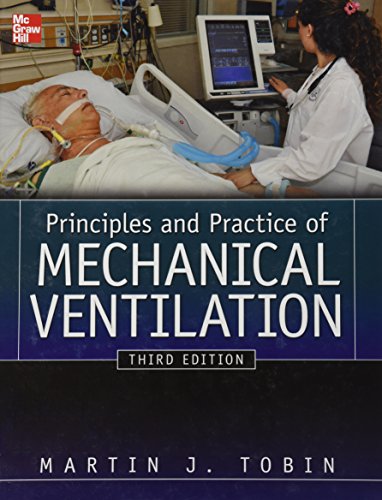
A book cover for Principles And Practice of Mechanical Ventilation, Third Edition (Tobin, Principles and Practice of Mechanical Ventilation); Martin J. Tobin; Medical Books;